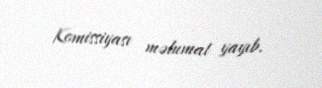
Komissiyası məlumat yayıb.